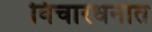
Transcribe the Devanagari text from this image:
विचारधनात